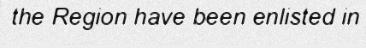
the Region have been enlisted in